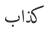
كذاب